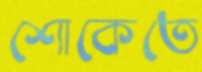
শোকেতে